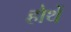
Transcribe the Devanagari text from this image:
होथें